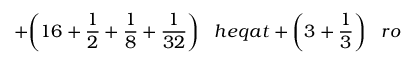
+ { \bigg ( } 1 6 + { \frac { 1 } { 2 } } + { \frac { 1 } { 8 } } + { \frac { 1 } { 3 2 } } { \bigg ) } \; \; \; h e q a t + { \bigg ( } 3 + { \frac { 1 } { 3 } } { \bigg ) } \; \; \; r o